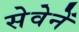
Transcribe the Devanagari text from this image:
सेवेनें